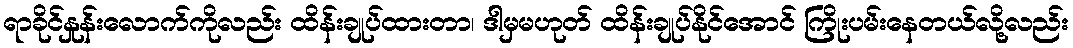
ရာခိုင်နှုန်းလောက်ကိုလည်း ထိန်းချုပ်ထားတာ၊ ဒါမှမဟုတ် ထိန်းချုပ်နိုင်အောင် ကြိုးပမ်းနေတယ်လို့လည်း